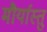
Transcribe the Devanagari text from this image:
मौर्यास्तु